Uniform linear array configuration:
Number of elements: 48
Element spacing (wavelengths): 0.75
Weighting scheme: hann
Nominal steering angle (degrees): -30
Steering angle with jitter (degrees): -30.131
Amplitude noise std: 0.05
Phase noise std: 0.05

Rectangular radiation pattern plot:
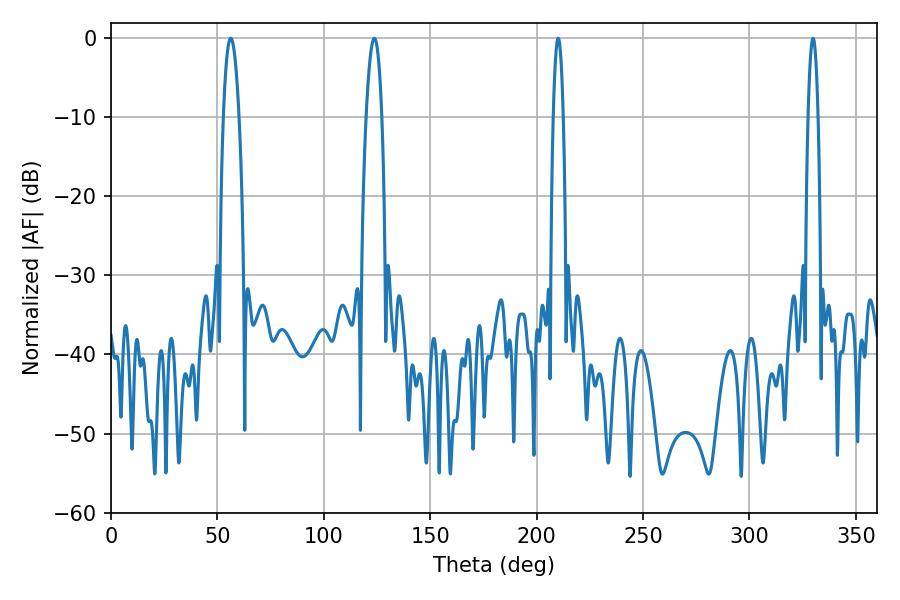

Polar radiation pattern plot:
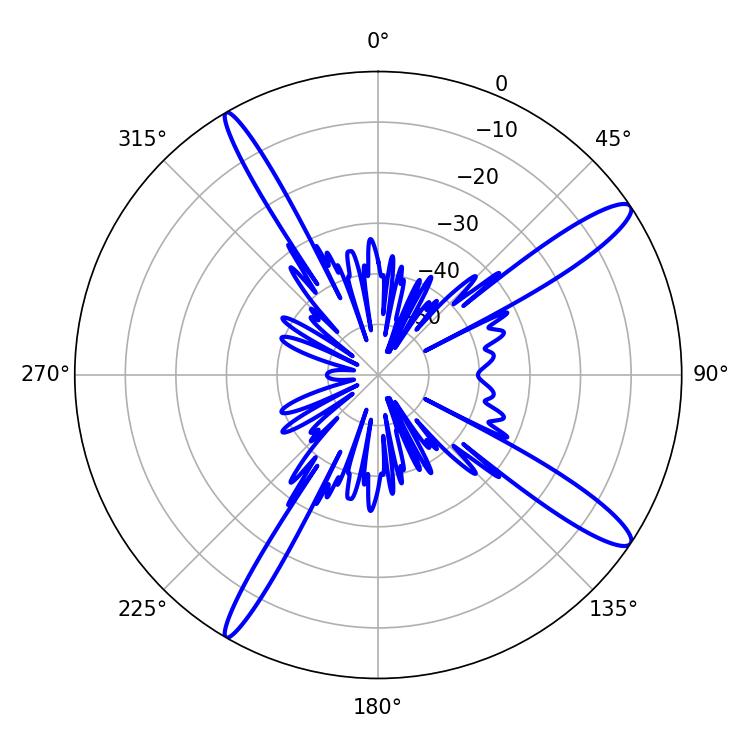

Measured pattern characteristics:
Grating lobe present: TRUE
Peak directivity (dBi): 14.037
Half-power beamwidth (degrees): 3.96
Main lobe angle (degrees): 123.66